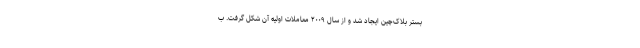
بستر بلاک‌چین ایجاد شد و از سال ۲۰۰۹ معاملات اولیه آن شکل گرفت. ب